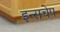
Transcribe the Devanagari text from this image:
इन्सचेप